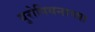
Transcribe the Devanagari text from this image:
युरोपियनाच्या